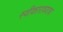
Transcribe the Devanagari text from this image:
स्वीकारावयाचा